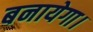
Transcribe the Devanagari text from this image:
बनायेगा।